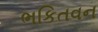
ભકિતવન